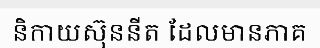
និកាយស៊ុននីត ដែលមានភាគ